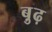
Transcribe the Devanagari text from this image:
बु़ढ़